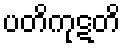
ပတိကုဋတိ